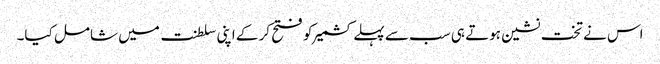
اس نے تخت نشین ہوتے ہی سب سے پہلے کشمیر کو فتح کر کے اپنی سلطنت میں شامل کیا۔